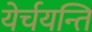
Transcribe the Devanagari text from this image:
येर्चयन्ति